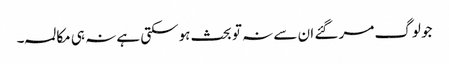
جو لوگ مر گئے ان سے نہ تو بحث ہوسکتی ہے نہ ہی مکالمہ۔